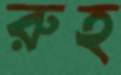
রুহ